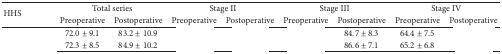
<table><thead><tr><td rowspan="2"><b>HHS</b></td><td colspan="2"><b>Total series</b></td><td colspan="2"><b>Stage II</b></td><td colspan="2"><b>Stage III</b></td><td colspan="2"><b>Stage IV</b></td></tr><tr><td><b>Preoperative</b></td><td><b>Postoperative</b></td><td><b>Preoperative</b></td><td><b>Postoperative</b></td><td><b>Preoperative</b></td><td><b>Postoperative</b></td><td><b>Preoperative</b></td><td><b>Postoperative</b></td></tr></thead><tbody><tr><td>[EMPTY_CELL]</td><td>72.0 ± 9.1</td><td>83.2 ± 10.9</td><td>[EMPTY_CELL]</td><td>[EMPTY_CELL]</td><td>[EMPTY_CELL]</td><td>84.7 ± 8.3</td><td>64.4 ± 7.5</td><td>[EMPTY_CELL]</td></tr><tr><td>[EMPTY_CELL]</td><td>72.3 ± 8.5</td><td>84.9 ± 10.2</td><td>[EMPTY_CELL]</td><td>[EMPTY_CELL]</td><td>[EMPTY_CELL]</td><td>86.6 ± 7.1</td><td>65.2 ± 6.8</td><td>[EMPTY_CELL]</td></tr></tbody></table>